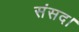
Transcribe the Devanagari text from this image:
संसद।